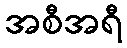
အစီအရီ